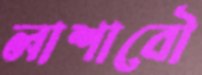
লাশাবৌ